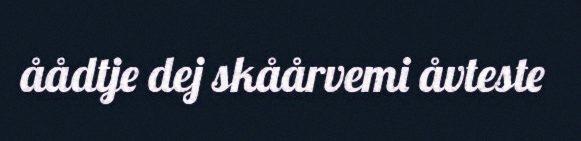
åådtje dej skåårvemi åvteste